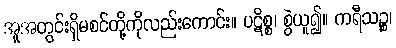
အူအတွင်းရှိမစင်တို့ကိုလည်းကောင်း။ ပဋိစ္စ၊ စွဲယူ၍။ ကရီသဉ္စ၊